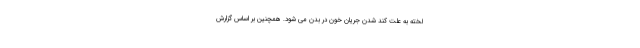
لخته به علت کند شدن جریان خون در بدن می شود. همچنین بر اساس گزارش